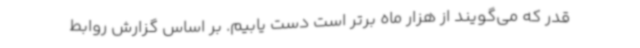
قدر که می‌گویند از هزار ماه برتر است دست یابیم. بر اساس گزارش روابط